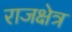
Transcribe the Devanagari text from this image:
राजक्षेत्र